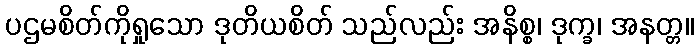
ပဌမစိတ်ကိုရှုသော ဒုတိယစိတ် သည်လည်း အနိစ္စ၊ ဒုက္ခ၊ အနတ္တ။